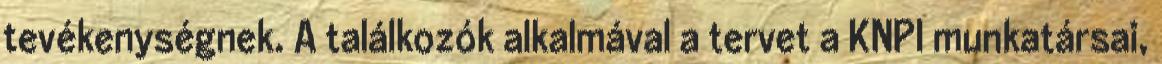
tevékenységnek. A találkozók alkalmával a tervet a KNPI munkatársai,